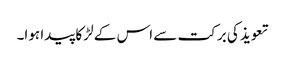
تعویذ کی برکت سے اس کے لڑکا پیدا ہوا۔